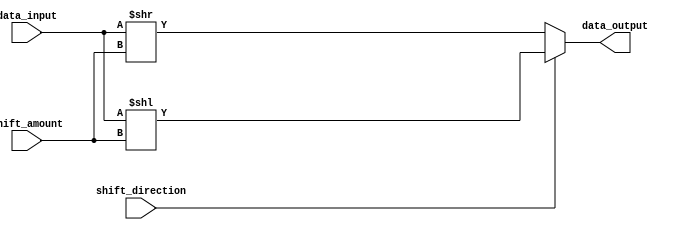
module BarrelShifter (
    input wire [31:0] data_input,
    input wire [4:0] shift_amount,
    input wire shift_direction,
    output reg [31:0] data_output
);

always @ (data_input or shift_amount or shift_direction)
begin
    if (shift_direction == 1'b0) // right shift
        data_output = data_input >> shift_amount;
    else // left shift
        data_output = data_input << shift_amount;
end

endmodule